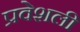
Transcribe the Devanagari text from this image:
प्रवेशली